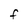
Character: F